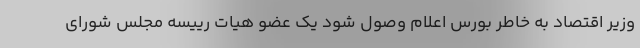
وزیر اقتصاد به خاطر بورس اعلام وصول شود یک عضو هیات رییسه مجلس شورای